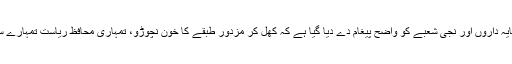
اسی طرح سرمایہ داروں اور نجی شعبے کو واضح پیغام دے دیا گیا ہے کہ کھل کر مزدور طبقے کا خون نچوڑو، تمہاری محافظ ریاست تمہارے ساتھ کھڑی ہے۔